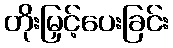
တိုးမြှင့်ပေးခြင်း